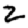
Digit: 2